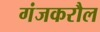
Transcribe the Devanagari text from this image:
गंजकरौल